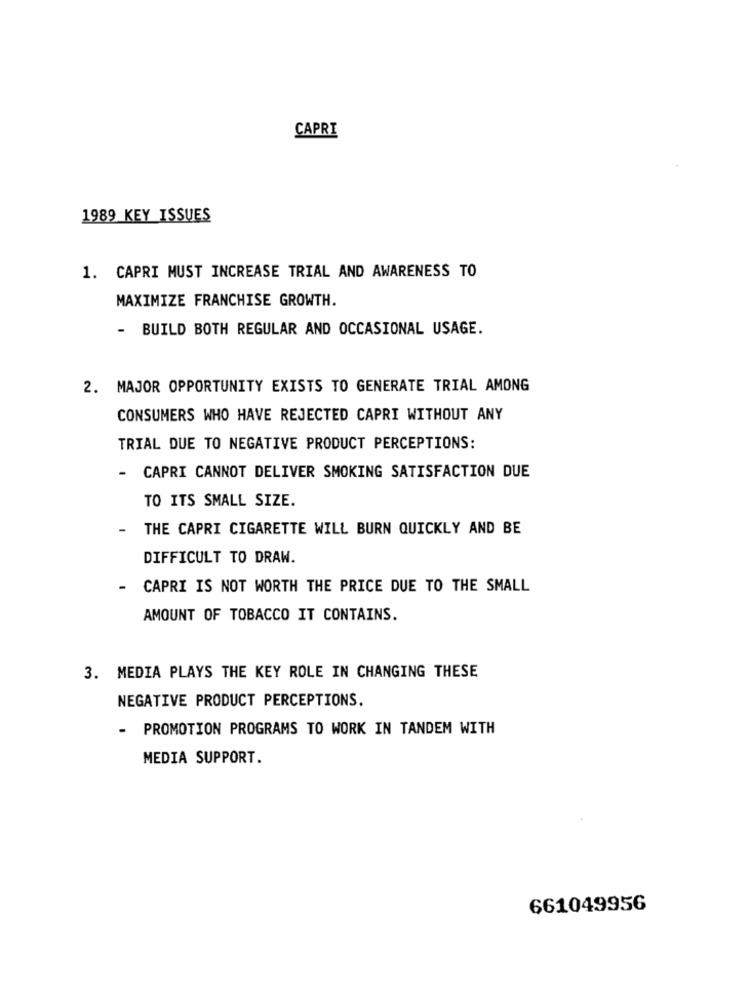
CAPRI
1989 KEY ISSUES
1. CAPRI MUST INCREASE TRIAL AND AWARENESS TO
MAXIMIZE FRANCHISE GROWTH.
- BUILD BOTH REGULAR AND OCCASIONAL USAGE.
2. MAJOR OPPORTUNITY EXISTS TO GENERATE TRIAL AMONG
CONSUMERS WHO HAVE REJECTED CAPRI WITHOUT ANY
TRIAL DUE TO NEGATIVE PRODUCT PERCEPTIONS:
CAPRI CANNOT DELIVER SMOKING SATISFACTION DUE
TO ITS SMALL SIZE.
THE CAPRI CIGARETTE WILL BURN QUICKLY AND BE
DIFFICULT TO DRAW.
- CAPRI IS NOT WORTH THE PRICE DUE TO THE SMALL
AMOUNT OF TOBACCO IT CONTAINS.
3. MEDIA PLAYS THE KEY ROLE IN CHANGING THESE
NEGATIVE PRODUCT PERCEPTIONS.
- PROMOTION PROGRAMS TO WORK IN TANDEM WITH
MEDIA SUPPORT.
661049956